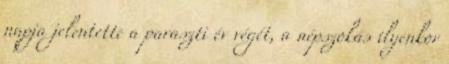
napja jelentette a paraszti év végét, a népszokás ilyenkor